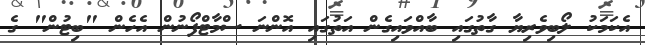
އެކަމަކު ލޯބިވެރިޔާ ގާތުގައި ބާއްވައިގެން އަތުގައި އޮންނަ ސްމާޓްފޯނުން އެހެން "ބިޓުން" ގެ